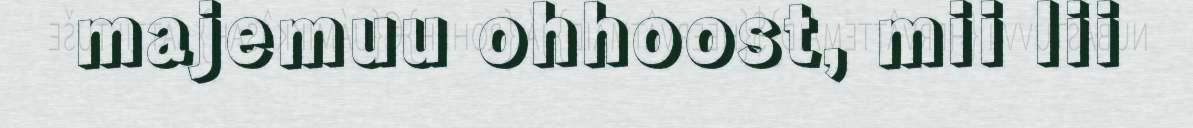
majemuu ohhoost, mii lii